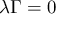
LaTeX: { \boldsymbol { \lambda \Gamma } } = 0